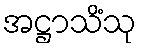
အဋ္ဌာသိံသု